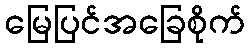
မြေပြင်အခြေစိုက်